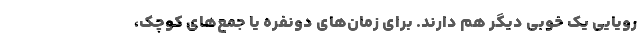
رویایی یک خوبی دیگر هم دارند. برای زمان‌های دونفره یا جمع‌های کوچک،